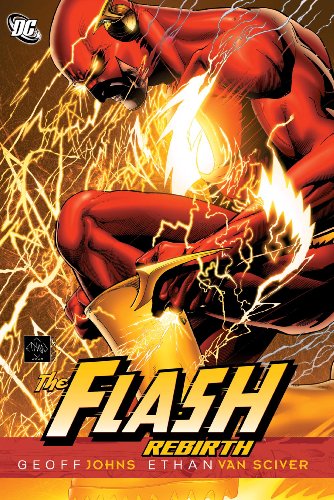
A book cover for The Flash: Rebirth; Geoff Johns; Comics & Graphic Novels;